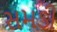
સમડી